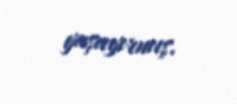
yaşayırmış.